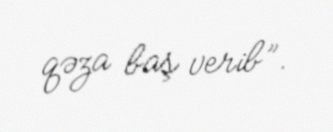
qəza baş verib”.